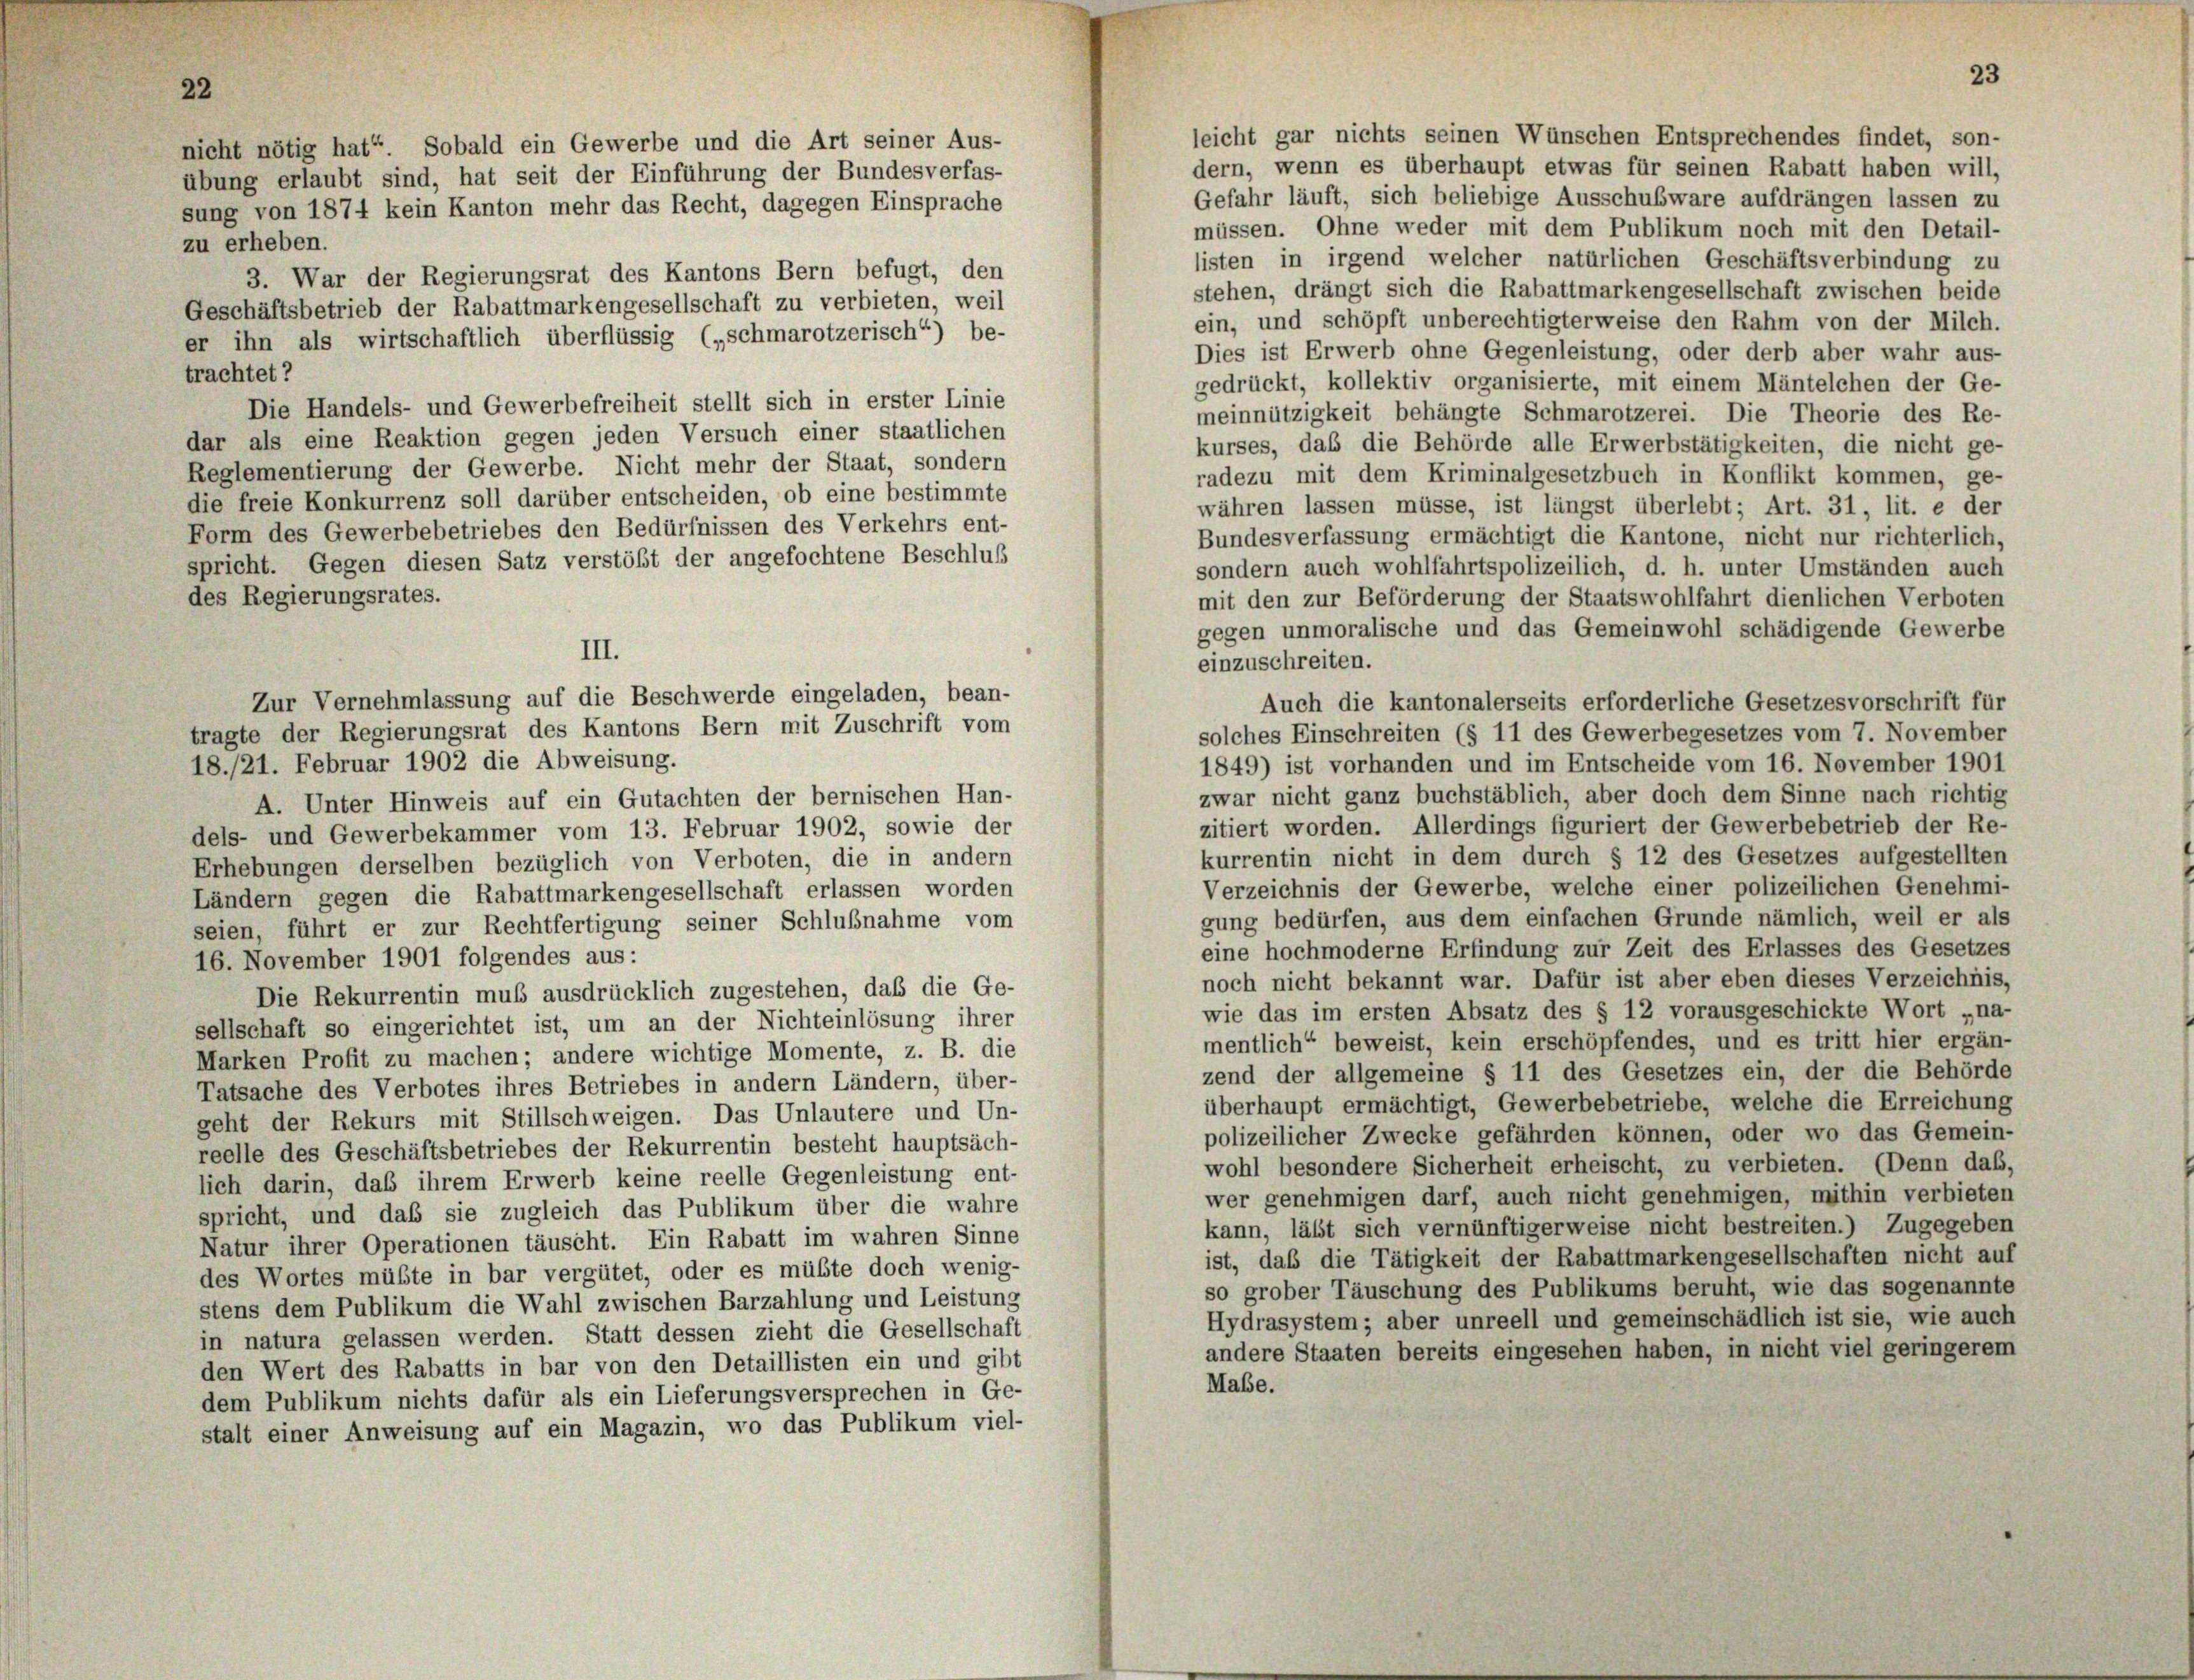
leicht gar nichts seinen Wünschen Entsprechendes findet, son-
nicht nötig hat“ Sobald ein Gewerbe und die Art seiner Aus-
dern, wenn es überhaupt etwas für seinen Rabatt haben will,
übung erlaubt sind, hat seit der Einführung der Bundesverfas-
Gefahr läuft, sich beliebige Ausschubware aufdrängen lassen zu
sung von 1874 kein Kanton mehr das Recht, dagegen Einsprache
müssen. Ohne weder mit dem Publikum noch mit den Detail-
zu erheben.
listen in irgend welcher natürlichen Geschäftsverbindung zu
3. War der Regierungsrat des Kantons Bern befugt, den
stehen, drängt sich die Rabattmarkengesellschaft zwischen beide
Geschäftsbetrieb der Rabattmarkengesellschaft zu verbieten, weil
ein, und schöpft unberechtigterweise den Rahm von der Milch.
er ihn als wirtschaftlich überflüssig („schmarotzerisch“) be-
Dies ist Erwerb ohne Gegenleistung, oder derb aber wahr aus-
trachtet?
gedrückt, kollektiv organisierte, mit einem Mäntelchen der Ge-
Die Handels- und Gewerbefreiheit stellt sich in erster Linie
meinnützigkeit behängte Schmarotzerei. Die Theorie des Re-
dar als eine Reaktion gegen jeden Versuch einer staatlichen
kurses, daß die Behörde alle Erwerbstätigkeiten, die nicht ge-
Reglementierung der Gewerbe. Nicht mehr der Staat, sondern
radezu mit dem Kriminalgesetzbuch in Konflikt kommen, ge-
die freie Konkurrenz soll darüber entscheiden, ob eine bestimmte
währen lassen müsse, ist längst überlebt; Art. 31, lit. e der
Form des Gewerbebetriebes den Bedürfnissen des Verkehrs ent-
Bundesverfassung ermächtigt die Kantone, nicht nur richterlich,
spricht. Gegen diesen Satz verstößt der angefochtene Beschluß
sondern auch wohlfahrtspolizeilich, d. h. unter Umständen auch
des Regierungsrates.
mit den zur Beförderung der Staatswohlfahrt dienlichen Verboten
gegen unmoralische und das Gemeinwohl schädigende Gewerbe
III.
einzuschreiten.
Zur Vernehmlassung auf die Beschwerde eingeladen, bean-
Auch die kantonalerseits erforderliche Gesetzesvorschrift für
tragte der Regierungsrat des Kantons Bern mit Zuschrift vom
solches Einschreiten (§ 11 des Gewerbegesetzes vom 7. November
18./21. Februar 1902 die Abweisung.
1849) ist vorhanden und im Entscheide vom 16. November 1901
zwar nicht ganz buchstäblich, aber doch dem Sinne nach richtig
A. Unter Hinweis auf ein Gutachten der bernischen Han-
zitiert worden. Allerdings figuriert der Gewerbebetrieb der Re-
dels- und Gewerbekammer vom 13. Februar 1902, sowie der
kurrentin nicht in dem durch § 12 des Gesetzes aufgestellten
Erhebungen derselben bezüglich von Verboten, die in andern
Verzeichnis der Gewerbe, welche einer polizeilichen Genehmi-
Ländern gegen die Rabattmarkengesellschaft erlassen worden
gung bedürfen, aus dem einfachen Grunde nämlich, weil er als
seien, führt er zur Rechtfertigung seiner Schlußnahme vom
eine hochmoderne Erfindung zur Zeit des Erlasses des Gesetzes
16. November 1901 folgendes aus:
noch nicht bekannt war. Dafür ist aber eben dieses Verzeichnis,
Die Rekurrentin muß ausdrücklich zugestehen, daß die Ge-
wie das im ersten Absatz des § 12 vorausgeschickte Wort „na-
sellschaft so eingerichtet ist, um an der Nichteinlösung ihrer
mentlich“ beweist, kein erschöpfendes, und es tritt hier ergän-
Marken Profit zu machen; andere wichtige Momente, z. B. die
zend der allgemeine § 11 des Gesetzes ein, der die Behörde
Tatsache des Verbotes ihres Betriebes in andern Ländern, über-
überhaupt ermächtigt, Gewerbebetriebe, welche die Erreichung
geht der Rekurs mit Stillschweigen. Das Unlautere und Un-
polizeilicher Zwecke gefährden können, oder wo das Gemein-
reelle des Geschäftsbetriebes der Rekurrentin besteht hauptsäch-
wohl besondere Sicherheit erheischt, zu verbieten. (Denn das,
lich darin, das ihrem Erwerb keine reelle Gegenleistung ent-
wer genehmigen darf, auch nicht genehmigen, mithin verbieten
spricht, und daß sie zugleich das Publikum über die wahre
kann, lässt sich vernünftigerweise nicht bestreiten.) Zugegeber
Natur ihrer Operationen täuscht. Ein Rabatt im wahren Sinne
ist, daß die Tätigkeit der Rabattmarkengesellschaften nicht auf
des Wortes müßte in bar vergütet, oder es müßte doch wenig-
so grober Täuschung des Publikums beruht, wie das sogenannte
stens dem Publikum die Wahl zwischen Barzahlung und Leistung
Hydrasystem; aber unreell und gemeinschädlich ist sie, wie auch
in natura gelassen werden. Statt dessen zieht die Gesellschaft
andere Staaten bereits eingesehen haben, in nicht viel geringerem
den Wert des Rabatts in bar von den Detaillisten ein und gibt
Mabe.
dem Publikum nichts dafür als ein Lieferungsversprechen in Ge-
stalt einer Anweisung auf ein Magazin, wo das Publikum viel-